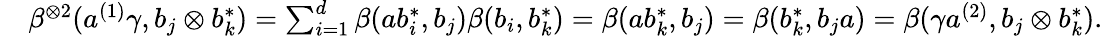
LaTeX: \begin{array}{rl}&{\beta^{\otimes 2}(a^{(1)}\gamma,b_{j}\otimes b_{k}^{*})=\sum_{i=1}^{d}\beta(ab_{i}^{*},b_{j})\beta(b_{i},b_{k}^{*})=\beta(ab_{k}^{*},b_{j})=\beta(b_{k}^{*},b_{j}a)=\beta(\gamma a^{(2)},b_{j}\otimes b_{k}^{*}).}\end{array}